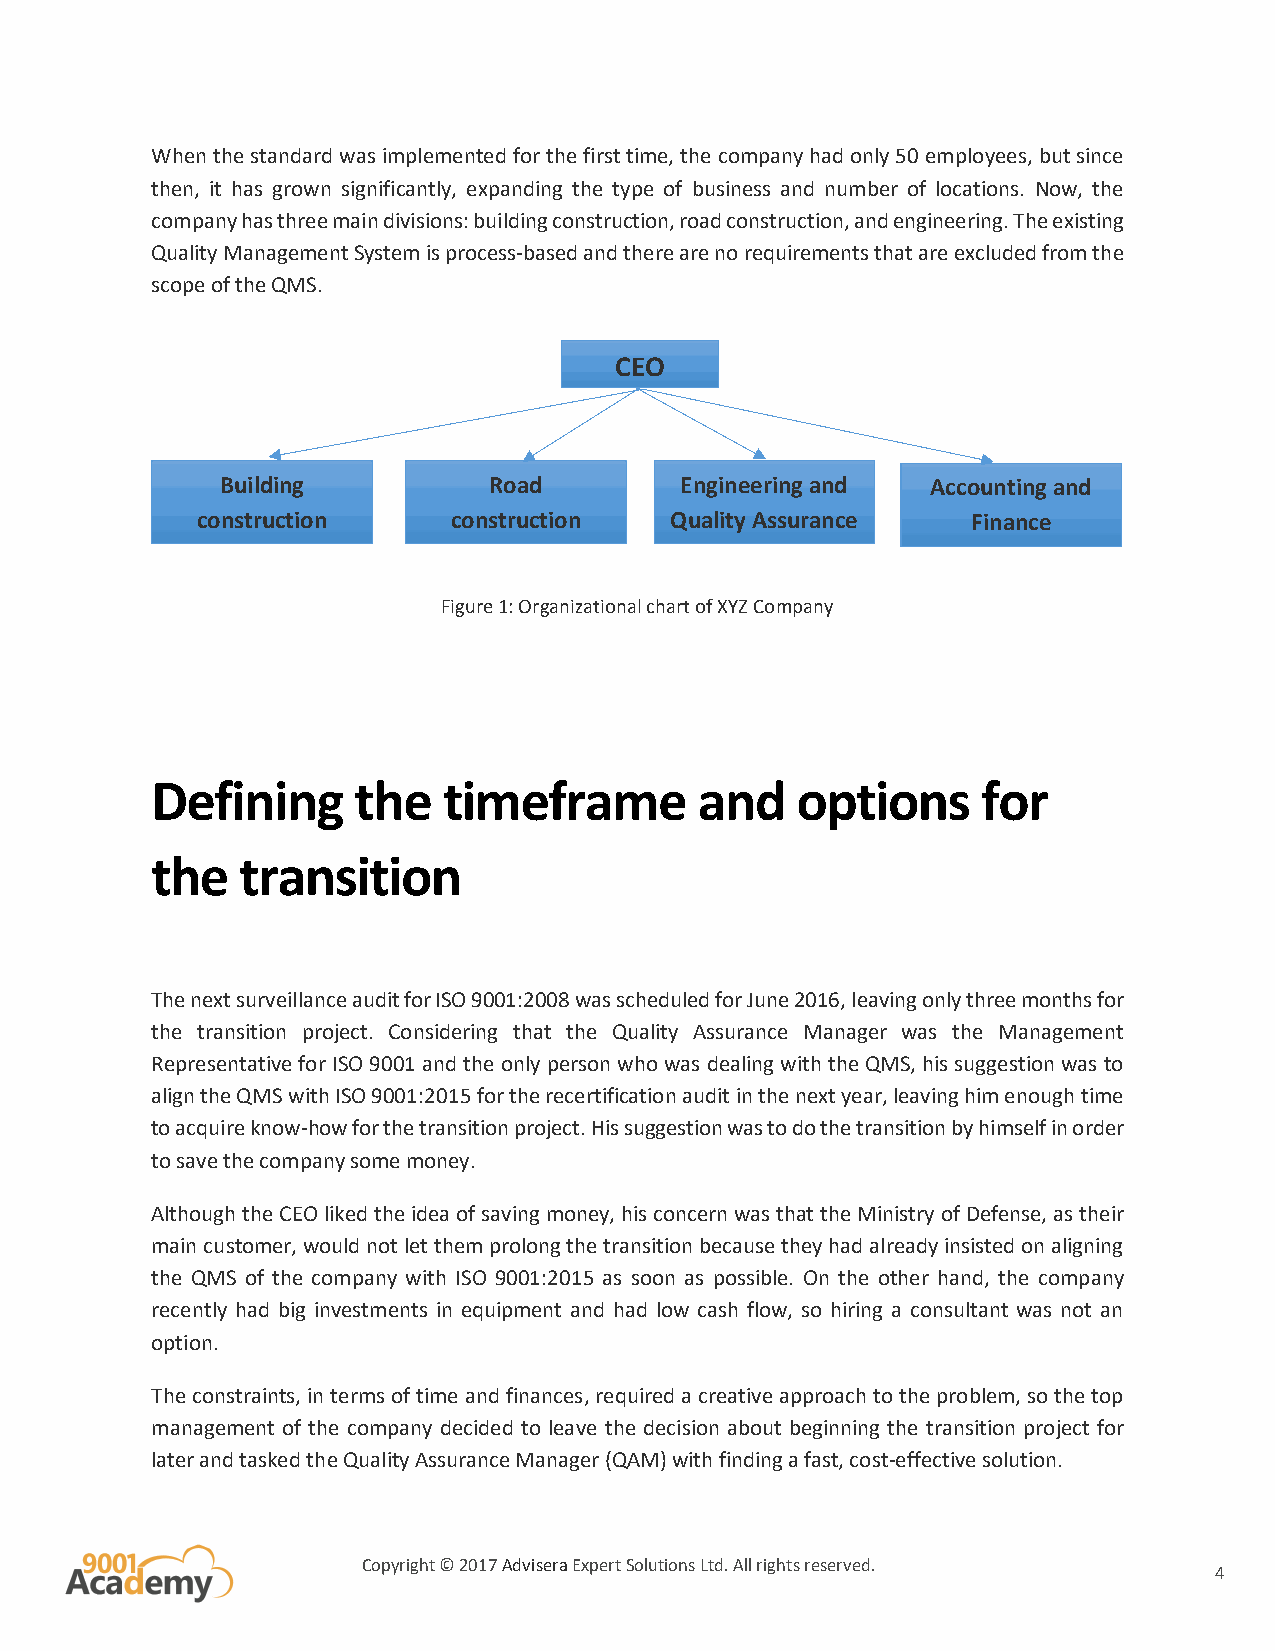
When the standard was implemented for the first time, the company had only 50 employees, but since
 then, it has grown significantly, expanding the type of business and number of locations. Now, the
 company has three main divisions: building construction, road construction, and engineering. The existing
 Quality Management System is process-based and there are no requirements that are excluded from the
 scope of the QMS.
 CEO
 Building         Road         Engineering and  Accounting and
 construction     construction  Quality Assurance   Finance
 Figure 1: Organizational chart of XYZ Company
 Defining     the   timeframe        and    options     for
 the   transition
 The next surveillance audit for ISO 9001:2008 was scheduled for June 2016, leaving only three months for
 the transition project. Considering that the Quality Assurance Manager was the Management
 Representative for ISO 9001 and the only person who was dealing with the QMS, his suggestion was to
 align the QMS with ISO 9001:2015 for the recertification audit in the next year, leaving him enough time
 to acquire know-how for the transition project. His suggestion was to do the transition by himself in order
 to save the company some money.
 Although the CEO liked the idea of saving money, his concern was that the Ministry of Defense, as their
 main customer, would not let them prolong the transition because they had already insisted on aligning
 the QMS of the company with ISO 9001:2015 as soon as possible. On the other hand, the company
 recently had big investments in equipment and had low cash flow, so hiring a consultant was not an
 option.
 The constraints, in terms of time and finances, required a creative approach to the problem, so the top
 management of the company decided to leave the decision about beginning the transition project for
 later and tasked the Quality Assurance Manager (QAM) with finding a fast, cost-effective solution.
 Copyright © 2017 Advisera Expert Solutions Ltd. All rights reserved.
 4